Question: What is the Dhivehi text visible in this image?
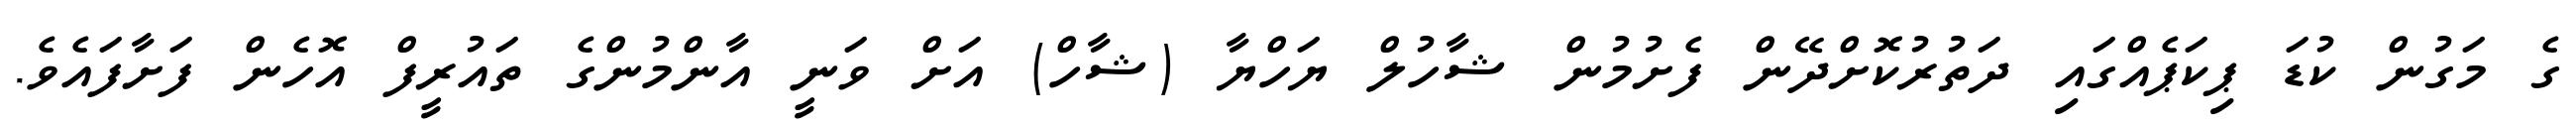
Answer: ގެ މަގުން ކުޑަ ޕިކަޕެއްގައި ދަތުރުކޮށްދޭން ފެށުމުން ޝާހުލް ޔަހްޔާ (ޝާހް) އަށް ވަނީ އާންމުންގެ ތައުރީފް އޮހެން ފަށާފައެވެ.